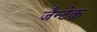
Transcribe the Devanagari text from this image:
जैन्टेक